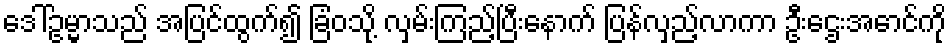
ဒေါ်ဥမ္မာသည် အပြင်ထွက်၍ ခြံဝသို့ လှမ်းကြည့်ပြီးနောက် ပြန်လှည့်လာကာ ဦးဌေးအောင်ကို